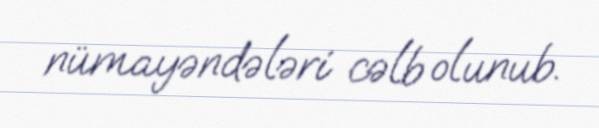
nümayəndələri cəlb olunub.